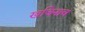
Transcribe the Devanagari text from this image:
खजिनाच